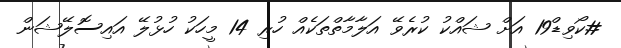
#ކޯވިޑް19 އަށް ޝައްކު ކުރެވޭ އަލާމާތްތަކެއް ހުރި 14 މީހަކު ހުޅުލޭ އައިސޮލޭޝަން